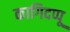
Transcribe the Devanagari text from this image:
कागिदप्पू